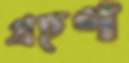
গ্রহণ